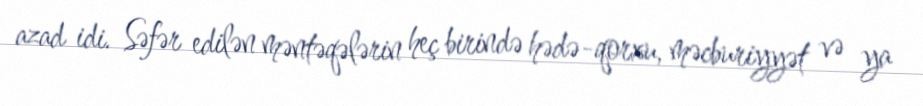
azad idi. Səfər edilən məntəqələrin heç birində hədə-qorxu, məcburiyyət və ya